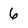
Character: 6